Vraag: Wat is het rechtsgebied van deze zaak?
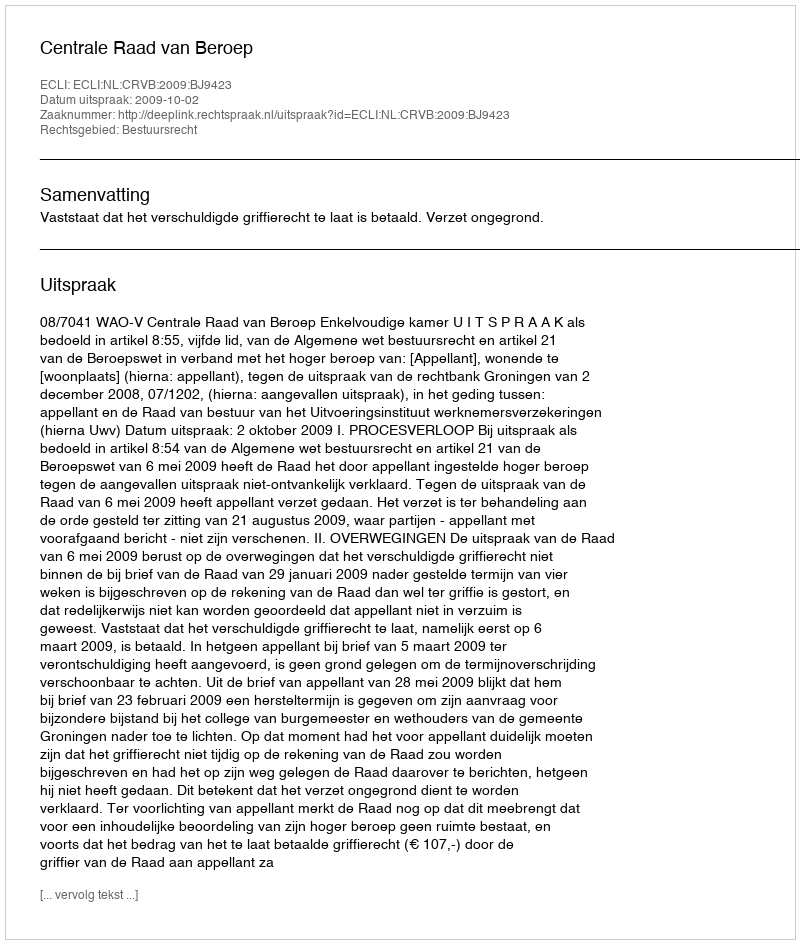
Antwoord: Bestuursrecht